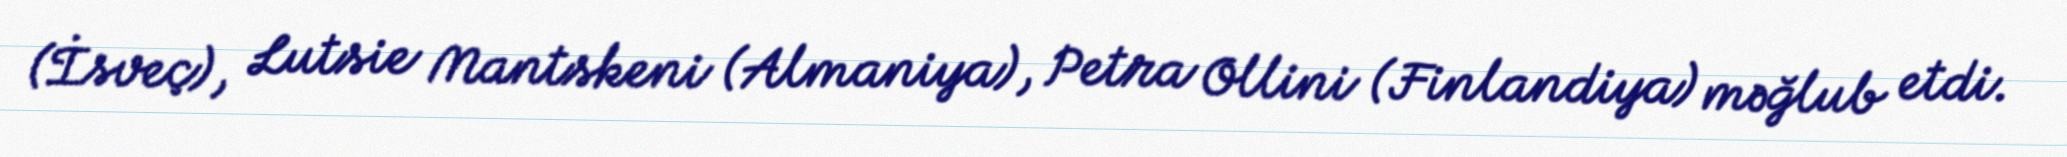
(İsveç), Lutsie Mantskeni (Almaniya), Petra Ollini (Finlandiya) məğlub etdi.